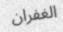
الغفران